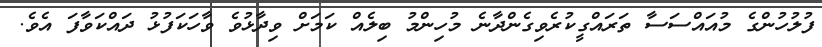
ފުލުހުންގެ މުއައްސަސާ ތަރައްގީކުރެވިގެންދާނެ މުހިންމު ބިލެއް ކަމަށް ވިދާޅުވެ ވާހަކަފުޅު ދައްކަވާފަ އެވެ.